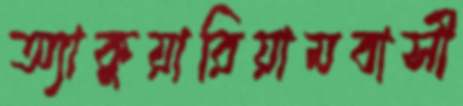
অ্যাকুয়ারিয়ামবাসী